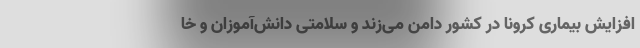
افزایش بیماری کرونا در کشور دامن می‌زند و سلامتی دانش‌آموزان و خا